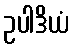
ဥပါဒိယံ